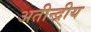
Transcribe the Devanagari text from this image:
अतीन्‍द्रीय